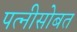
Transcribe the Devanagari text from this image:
पत्नीसोबत